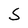
Character: S